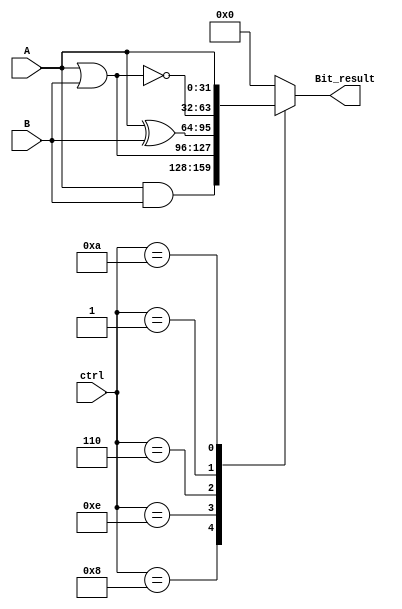
module Logic(A,B,ctrl,Bit_result);
input [31:0] A;
input [31:0] B;
input [3:0] ctrl;
output reg [31:0] Bit_result;

always @(*)
begin
     case(ctrl)
     4'b1000: Bit_result<= A & B;
     4'b1110: Bit_result<= A | B;
     4'b0110: Bit_result<= A ^ B;
     4'b0001: Bit_result<= ~(A | B);
     4'b1010: Bit_result<= A;
     default: Bit_result<= 0;
     endcase
end

endmodule